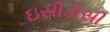
ઇસીડીસી